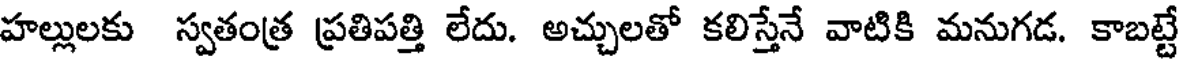
హల్లులకు స్వతంత్ర ప్రతిపత్తి లేదు. అచ్చులతో కలిస్తేనే వాటికి మనుగడ. కాబట్టే